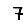
Digit: 7